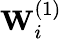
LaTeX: \mathbf{W}_{i}^{(1)}